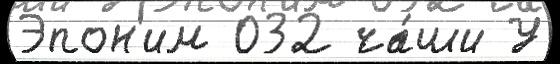
Эпон'им 032 ча́ши У